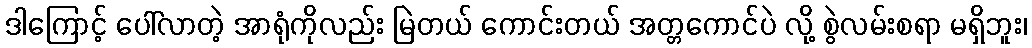
ဒါကြောင့် ပေါ်လာတဲ့ အာရုံကိုလည်း မြဲတယ် ကောင်းတယ် အတ္တကောင်ပဲ လို့ စွဲလမ်းစရာ မရှိဘူး၊